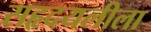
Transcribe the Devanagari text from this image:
सहृदयलीला